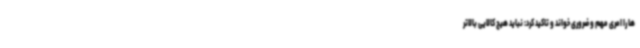
ها را امری مهم و ضروری خواند و تاکید کرد: نباید هیچ کالایی بالاتر